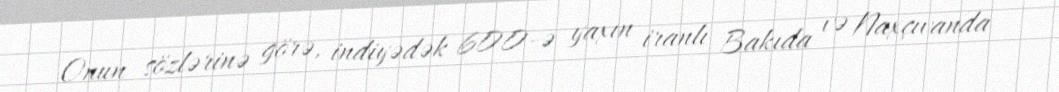
Onun sözlərinə görə, indiyədək 600-ə yaxın iranlı Bakıda və Naxçıvanda